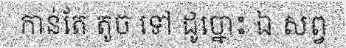
កាន់តែ តូច ទៅ ដូច្នោះ ឯ សព្វ